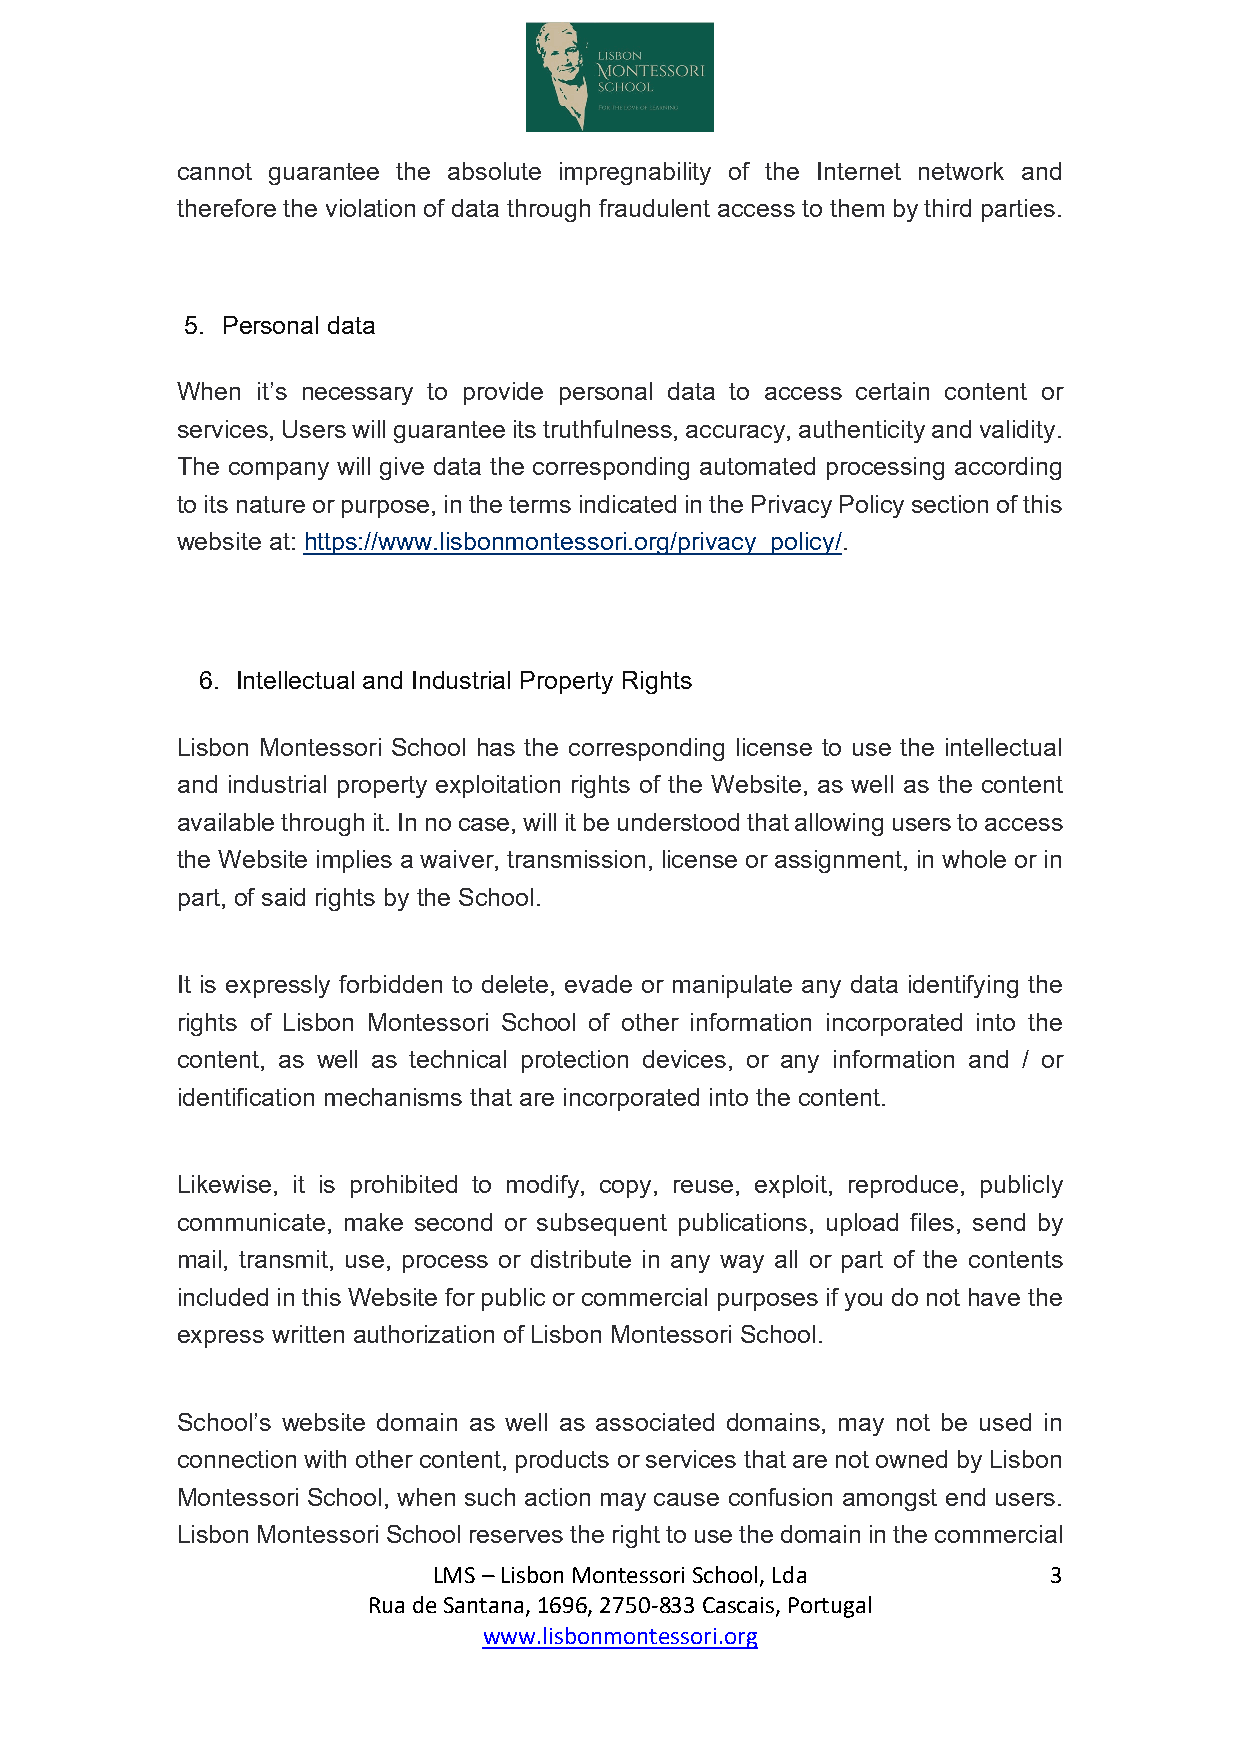
cannot guarantee the absolute impregnability of the Internet network and
 therefore the violation of data through fraudulent access to them by third parties.
 5. Personal data
 When it’s necessary to provide personal data to access certain content or
 services, Users will guarantee its truthfulness, accuracy, authenticity and validity.
 The company will give data the corresponding automated processing according
 to its nature or purpose, in the terms indicated in the Privacy Policy section of this
 website at: https://www.lisbonmontessori.org/privacy_policy/.
 6. Intellectual and Industrial Property Rights
 Lisbon Montessori School has the corresponding license to use the intellectual
 and industrial property exploitation rights of the Website, as well as the content
 available through it. In no case, will it be understood that allowing users to access
 the Website implies a waiver, transmission, license or assignment, in whole or in
 part, of said rights by the School.
 It is expressly forbidden to delete, evade or manipulate any data identifying the
 rights of Lisbon Montessori School of other information incorporated into the
 content, as well as technical protection devices, or any information and / or
 identification mechanisms that are incorporated into the content.
 Likewise, it is prohibited to modify, copy, reuse, exploit, reproduce, publicly
 communicate, make second or subsequent publications, upload files, send by
 mail, transmit, use, process or distribute in any way all or part of the contents
 included in this Website for public or commercial purposes if you do not have the
 express written authorization of Lisbon Montessori School.
 School’s website domain as well as associated domains, may not be used in
 connection with other content, products or services that are not owned by Lisbon
 Montessori School, when such action may cause confusion amongst end users.
 Lisbon Montessori School reserves the right to use the domain in the commercial
 LMS – Lisbon Montessori School, Lda      3
 Rua de Santana, 1696, 2750-833 Cascais, Portugal
 www.lisbonmontessori.org